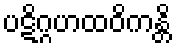
ပဋိဂ္ဂဟထဝိကန္တိ